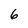
Character: 6